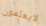
لايعلمون